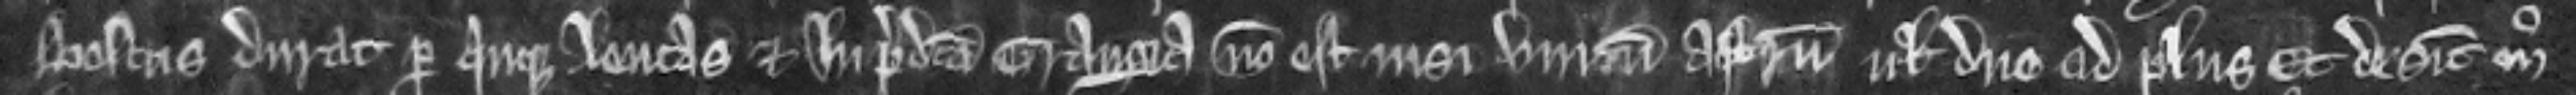
boscus durat per quinque leucas et in predicta grangia non est nisi unicum astrum vel duo ad plus et desicut modo